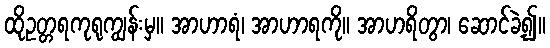
ထိုဥတ္တရကုရုကျွန်းမှ။ အာဟာရံ၊ အာဟာရကို။ အာဟရိတွာ၊ ဆောင်ခဲ့၍။